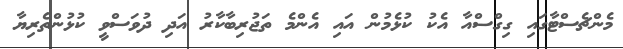
މެންޗެސްޓާގައި ގިގްސްއާ އެކު ކުޅެމުން އައި އެންމެ ތަޖުރިބާކާރު އަދި ދުވަސްވީ ކުޅުންތެރިޔާ